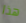
هذا